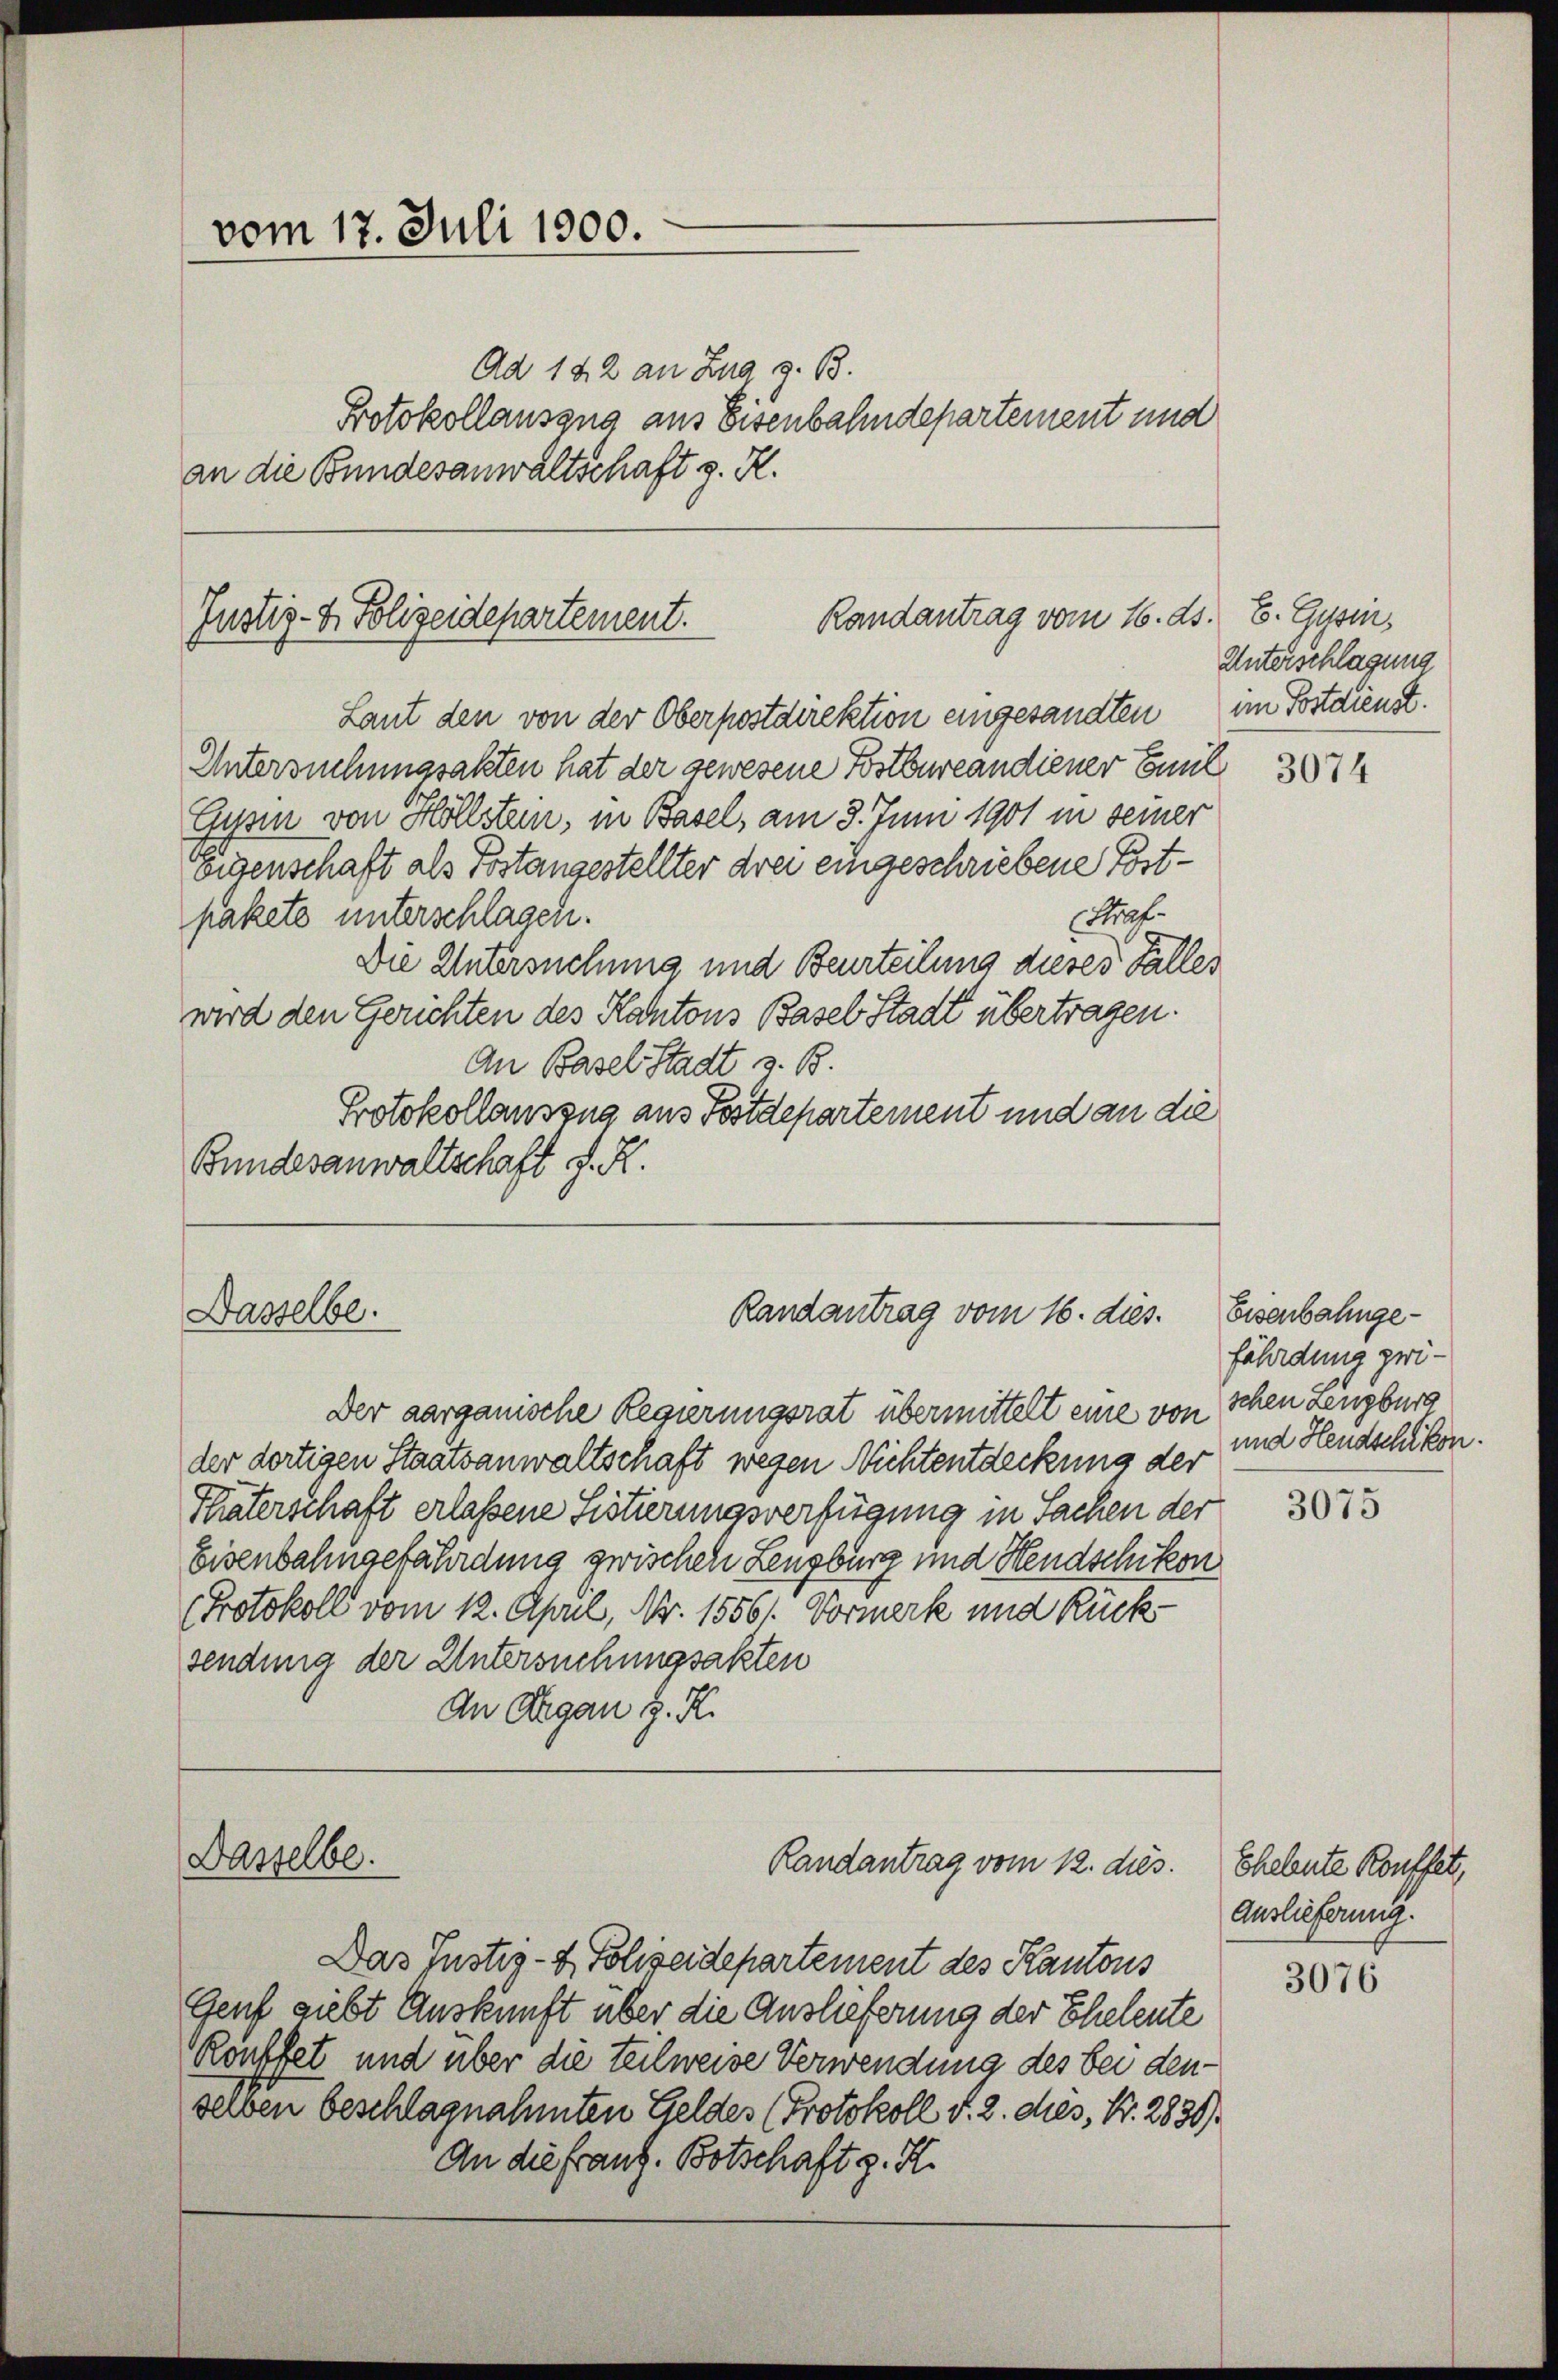
vom 17. Juli 1900.
Ad 182 an Zug z. B.
Protokollauszug aus Eisenbahndepartement und
an die Bundesanwaltschaft z. R.

Randantrag vom 16. ds.
Justiz- & Polizeidepartement.

Dasselbe.

Dasselbe.

Laut den von der Oberpostdirektion eingesandten im Postdienst.
Untersuchungsakten hat der gewesene Postbureandiener Einl
Gysen von Hollstein, in Basel, am 3. Juni 1901 in seiner
Eisenschaft als Postangestellter drei eingeschriebene Post¬
Straf.
pakete unterschlagen.
Die Untersuchung und Beurteilung dieses Falles
wird den Gerichten des Kantons Basel Stadt übertragen.
An Basel Stadt z. B.
Protokollauszug aus Postdepartement und an die
Bundesanwaltschaft d. R.

Der aargauische Regierungsrat übermittelt eine von schen Lenzburg
der dortigen Staatsanwaltschaft wegen Nichtentdeckung der und Heudschikon.
Platerschaft erlaßene Sistierungsverfügung in Sachen der
Eisenbahngefährdung zwischen Lenzburg und Hendschikon
Protokoll vom 12. April, Nr. 15561. Vormerk und Rücksendung der Untersuchungsakten
An Argau d. R.

Randantrag vom 16. dies

Randantrag vom 12. dies

Das Justiz- & Polizeidepartement des Kantons
Genf giebt Auskunft über die Auslieferung der Eheleute
Rouffet und über die teilweise Verwendung des bei den-
serben beschlagnahmten Geldes (Protokoll d. 2. des, Nr. 2839).
An die franz. Botschaft z. H.

E. Gysin,
Unterschlagung

3074

Eisenbahngefährdung zwi¬

3075

Eheleute Kouffet,
Auslieferung.

3076